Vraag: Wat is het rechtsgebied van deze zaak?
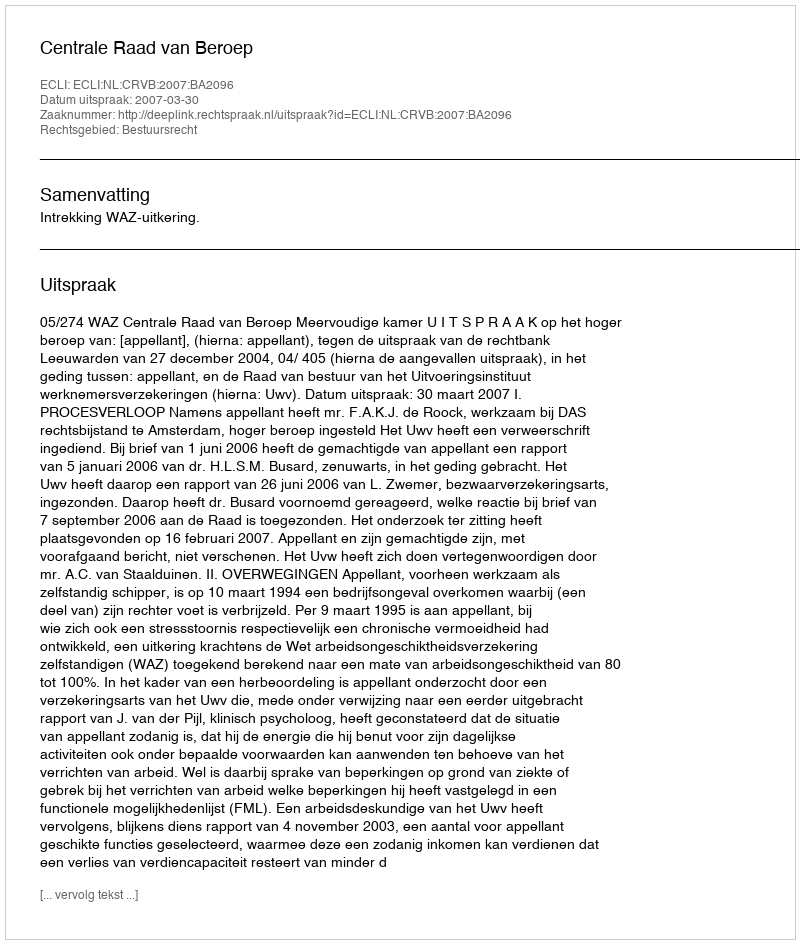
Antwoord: Bestuursrecht